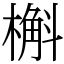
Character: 槲